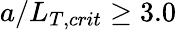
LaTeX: a/L_{T,crit}\geq 3.0